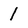
Character: 1